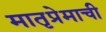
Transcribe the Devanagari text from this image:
मातृप्रेमाची